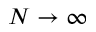
N \to \infty